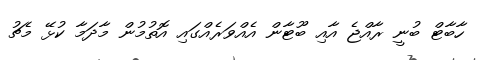
ހާބާޓް ބުނީ ރާއްޖެ އާއި ބޫޓާން އެއްވަރެއްގައި އޮތުމުން މާދަމާ ކުޅޭ މެޗު